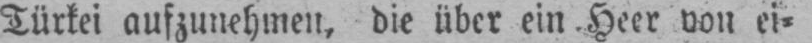
Türkei aufzunehmen, die über einHeer von ei⸗